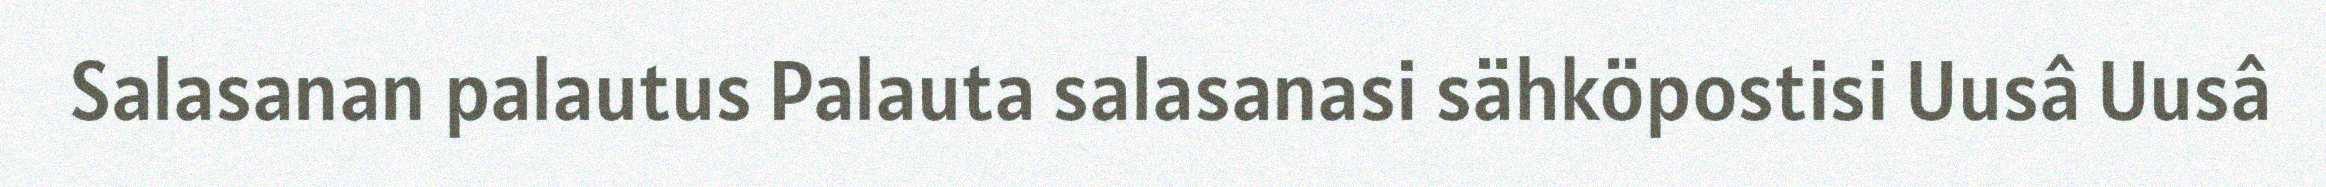
Salasanan palautus Palauta salasanasi sähköpostisi Uusâ Uusâ